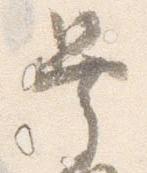
異